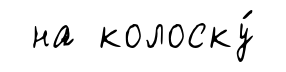
на колоску́